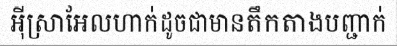
អ៊ីស្រាអែលហាក់ដូចជាមានតឹកតាងបញ្ជាក់